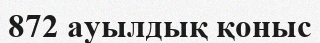
872 ауылдық қоныс